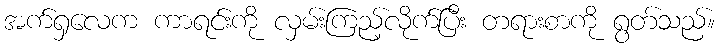
အက်ရှလေက ကာရင်းကို လှမ်းကြည့်လိုက်ပြီး တရားစာကို ရွတ်သည်။